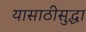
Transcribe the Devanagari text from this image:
यासाठीसुद्धा